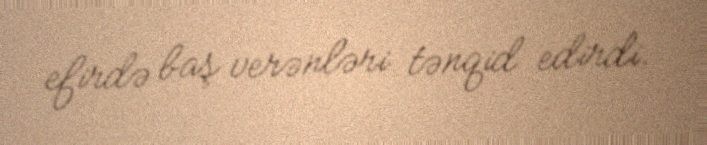
efirdə baş verənləri tənqid edirdi.